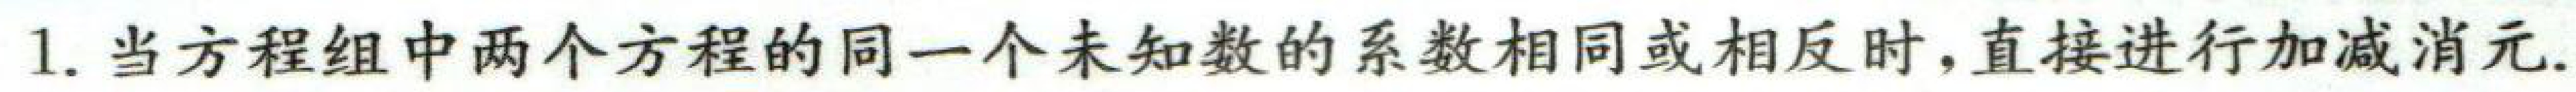
1. 当方程组中两个方程的同一个未知数的系数相同或相反时,直接进行加减消元.